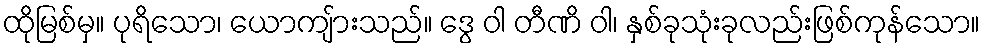
ထိုမြစ်မှ။ ပုရိသော၊ ယောကျ်ားသည်။ ဒွေ ဝါ တီဏိ ဝါ၊ နှစ်ခုသုံးခုလည်းဖြစ်ကုန်သော။